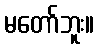
မတော်ဘူး။